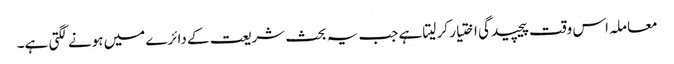
معاملہ اس وقت پیچیدگی اختیار کر لیتا ہے جب یہ بحث شریعت کے دائرے میں ہونے لگتی ہے۔